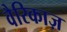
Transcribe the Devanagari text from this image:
वैरिकाज़